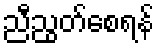
ညီညွတ်စေရန်